Indian Civil Veterinary Department memoirs
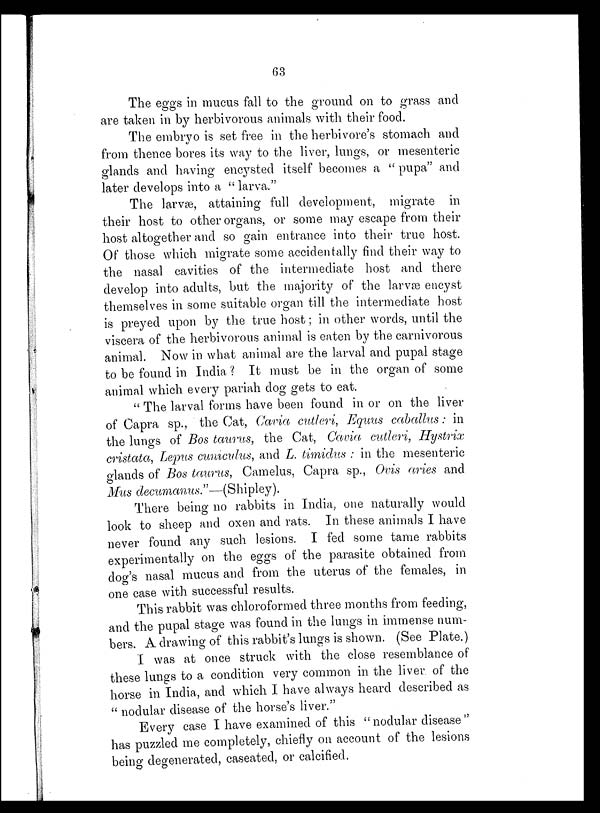
63
The eggs in mucus fall to the ground on to grass and
are taken in by herbivorous animals with their food.
The embryo is set free in the herbivore's stomach and
from thence bores its way to the liver, lungs, or mesenteric
glands and having encysted itself becomes a "pupa" and
later develops into a "larva."
The larvæ, attaining full development, migrate in
their host to other organs, or some may escape from their
host altogether and so gain entrance into their true host.
Of those which migrate some accidentally find their way to
the nasal cavities of the intermediate host and there
develop into adults, but the majority of the larvæ encyst
themselves in some suitable organ till the intermediate host
is preyed upon by the true host; in other words, until the
viscera of the herbivorous animal is eaten by the carnivorous
animal. Now in what animal are the larval and pupal stage
to be found in India? It must be in the organ of some
animal which every pariah dog gets to eat.
"The larval forms have been found in or on the liver
of Capra sp., the Cat, Cavia cutleri, Equus caballus: in
the lungs of Bos taurus, the Cat, Cavia cutleri, Hystrix
cristata, Lepus cuniculus, and L. timidus: in the mesenteric
glands of Bos taurus, Camelus, Capra sp., Ovis aries and
Mus decumanus."—(Shipley).
There being no rabbits in India, one naturally would
look to sheep and oxen and rats. In these animals I have
never found any such lesions. I fed some tame rabbits
experimentally on the eggs of the parasite obtained from
dog's nasal mucus and from the uterus of the females, in
one case with successful results.
This rabbit was chloroformed three months from feeding,
and the pupal stage was found in the lungs in immense num-
bers. A drawing of this rabbit's lungs is shown. (See Plate.)
I was at once struck with the close resemblance of
these lungs to a condition very common in the liver of the
horse in India, and which I have always heard described as
"nodular disease of the horse's liver."
Every case I have examined of this "nodular disease"
has puzzled me completely, chiefly on account of the lesions
being degenerated, caseated, or calcified.